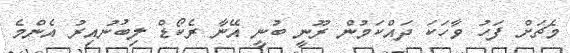
މެޗަށް ފަހު ވާހަކަ ދައްކަމުން ރޫނީ ބުނީ އޭނާ ރެކޯޑް ލިބުނުއިރު އެންމެ